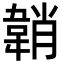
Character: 韒